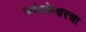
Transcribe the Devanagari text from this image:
त्र्यंबकेश्वरचा